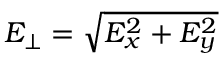
E _ { \perp } = \sqrt { E _ { x } ^ { 2 } + E _ { y } ^ { 2 } }